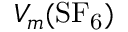
V _ { m } ( \mathrm { S F _ { 6 } } )